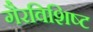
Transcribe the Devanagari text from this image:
गैरविशिष्ट